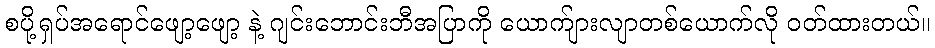
စပို့ရှပ်အရောင်ဖျော့ဖျော့ နဲ့ ဂျင်းဘောင်းဘီအပြာကို ယောက်ျားလျာတစ်ယောက်လို ဝတ်ထားတယ်။